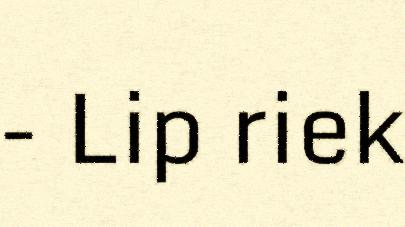
- Lip riek